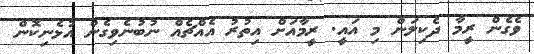
ވެގެން ރީމާ ދެކިލަން މި އައީ. ރީމާއަށް އިތުރު އެއްޗެއް ނުބުނެވިގެން އުޅެނިކޮން